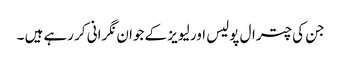
جن کی چترال پولیس اور لیویز کے جوان نگرانی کر رہے ہیں ۔